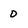
Character: 0